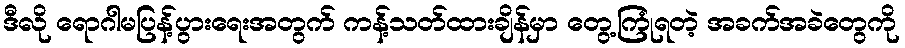
ဒီလို ရောဂါမပြန့်ပွားရေးအတွက် ကန့်သတ်ထားချိန်မှာ တွေ့ကြုံရတဲ့ အခက်အခဲတွေကို